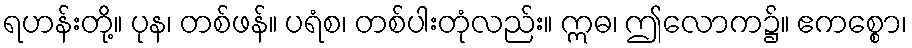
ရဟန်းတို့။ ပုန၊ တစ်ဖန်။ ပရံစ၊ တစ်ပါးတုံလည်း။ ဣဓ၊ ဤလောက၌။ ဧကစ္စော၊